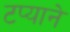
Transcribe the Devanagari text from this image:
टप्याने